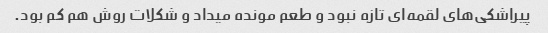
پیراشکی‌های لقمه‌ای تازه نبود و طعم مونده میداد و شکلات روش هم کم بود.